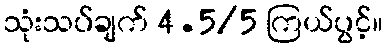
သုံးသပ်ချက် 4.5/5 ကြယ်ပွင့်။